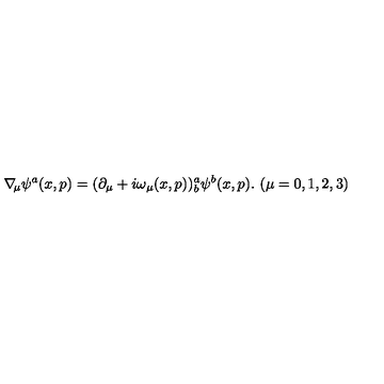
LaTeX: \nabla \! _ { \mu } \psi ^ { a } ( x , p ) = ( \partial _ { \mu } + i \omega _ { \mu } ( x , p ) ) _ { b } ^ { a } \psi ^ { b } ( x , p ) . \ ( \mu = 0 , 1 , 2 , 3 )